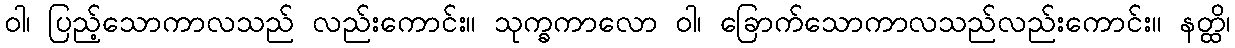
ဝါ၊ ပြည့်သောကာလသည် လည်းကောင်း။ သုက္ခကာလော ဝါ၊ ခြောက်သောကာလသည်လည်းကောင်း။ နတ္ထိ၊